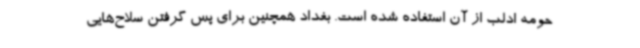
حومه ادلب از آن استفاده شده است. بغداد همچنین برای پس گرفتن سلاح‌هایی